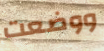
ووضعت